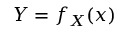
Y = f _ { X } ( x )